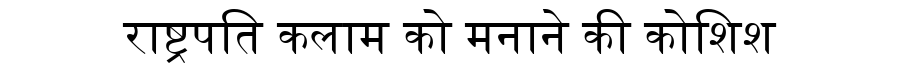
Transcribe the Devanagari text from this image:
राष्ट्रपति कलाम को मनाने की कोशिश